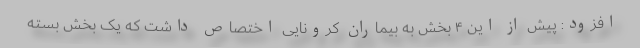
افزود: پیش از این ۴ بخش به بیماران کرونایی اختصاص داشت که یک بخش بسته